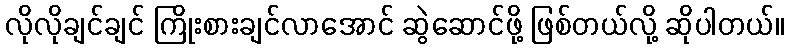
လိုလိုချင်ချင် ကြိုးစားချင်လာအောင် ဆွဲဆောင်ဖို့ ဖြစ်တယ်လို့ ဆိုပါတယ်။